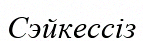
Сэйкессіз